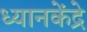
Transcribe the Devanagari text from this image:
ध्यानकेंद्रे